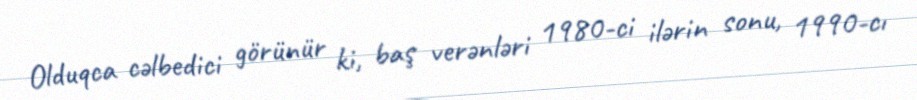
Olduqca cəlbedici görünür ki, baş verənləri 1980-ci ilərin sonu, 1990-cı